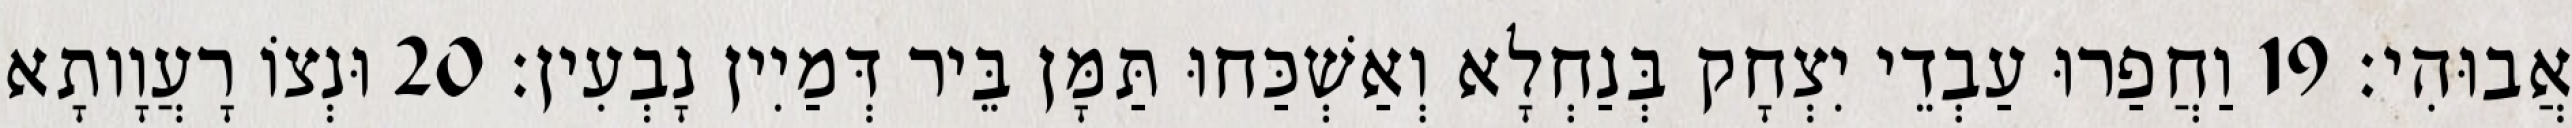
אֲבוּהִי׃ 19 וַחֲפַרוּ עַבְדֵי יִצְחָק בְּנַחְלָא וְאַשְׁכַּחוּ תַּמָּן בֵּיר דְּמַיִין נָבְעִין׃ 20 וּנְצוֹ רָעֲוָותָא